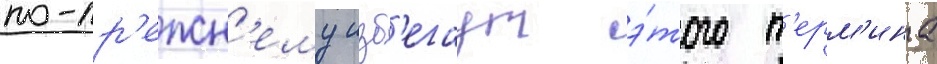
по-пр'ежн'ему изб'егаут э́того т'ерм'ина